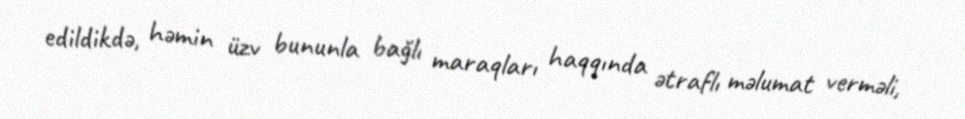
edildikdə, həmin üzv bununla bağlı maraqları haqqında ətraflı məlumat verməli,